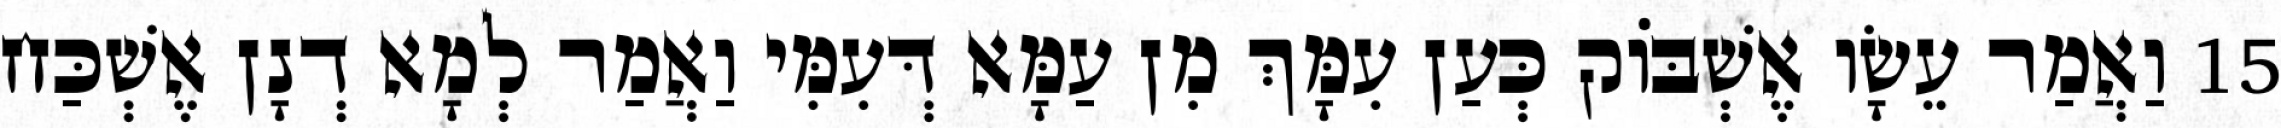
15 וַאֲמַר עֵשָׂו אֶשְׁבּוֹק כְּעַן עִמָּךְ מִן עַמָּא דְּעִמִּי וַאֲמַר לְמָא דְנָן אֶשְׁכַּח